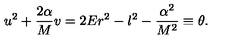
u ^ { 2 } + \frac { 2 \alpha } { M } v = 2 E r ^ { 2 } - l ^ { 2 } - \frac { \alpha ^ { 2 } } { M ^ { 2 } } \equiv \theta .